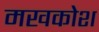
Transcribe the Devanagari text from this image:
मखकोश